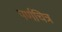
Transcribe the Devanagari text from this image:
पर्णचित्र